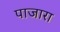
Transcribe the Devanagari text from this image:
पाजारा